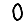
Digit: 0